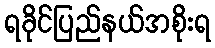
ရခိုင်ပြည်နယ်အစိုးရ